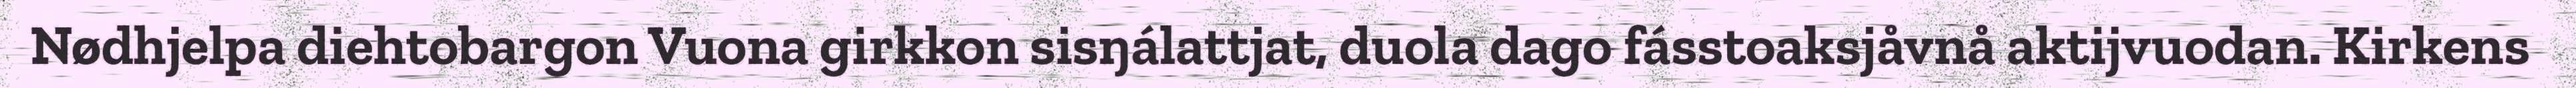
Nødhjelpa diehtobargon Vuona girkkon sisŋálattjat, duola dago fásstoaksjåvnå aktijvuodan. Kirkens